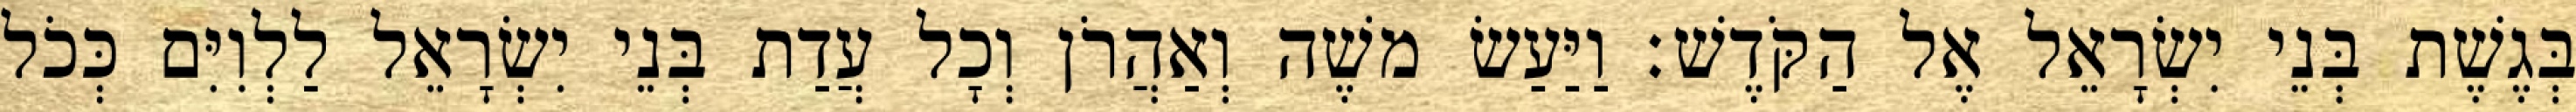
בְּגֶשֶׁת בְּנֵי יִשְׂרָאֵל אֶל הַקֹּדֶשׁ׃ וַיַּעַשׂ משֶׁה וְאַהֲרֹן וְכָל עֲדַת בְּנֵי יִשְׂרָאֵל לַלְוִיִּם כְּכֹל